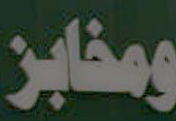
ومخابز